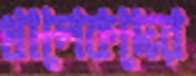
খালেকদের